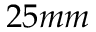
2 5 m m